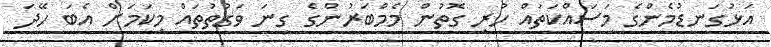
އަޅުގަނޑުމެންގެ މަސައްކަތައް ހުރި ގޮތުން މެމްބަރުންގެ ގިނަ ވަގުތުތަައް މިކަމަށް އެބަ ހޭދަ